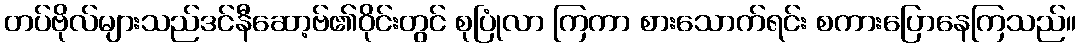
တပ်ဗိုလ်များသည်ဒင်နီဆော့ဗ်၏ဝိုင်းတွင် စုပြုံလာ ကြကာ စားသောက်ရင်း စကားပြောနေကြသည်။